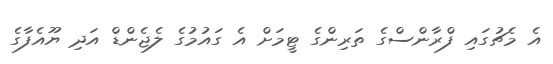
އެ މެޗުގައި ފްރާންސްގެ ތަރިންގެ ޓީމަށް އެ ގައުމުގެ ލެޖެންޑް އަދި ޔޫއެފާގެ